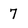
Character: 7